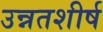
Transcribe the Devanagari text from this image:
उन्नतशीर्ष